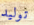
توليد